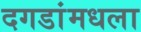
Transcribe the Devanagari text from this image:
दगडांमधला